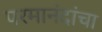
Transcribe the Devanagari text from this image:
परमानंदांचा